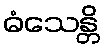
ဓံသေန္တိ